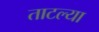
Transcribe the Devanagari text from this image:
ताटल्या